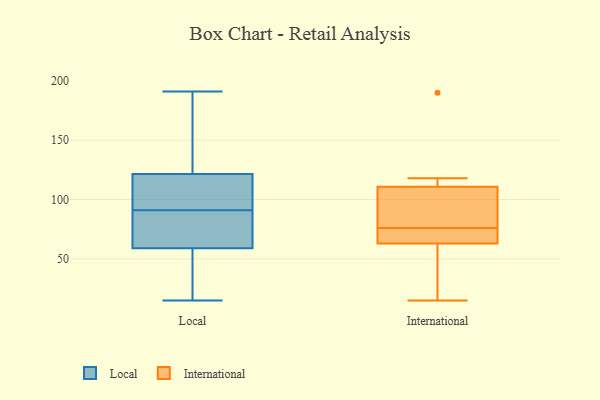
{"axis": {"x": "Humidity (%)", "y": "Value"}, "legend": ["International", "Local"], "data": [{"x": "", "y": 132, "type": "Local"}, {"x": "", "y": 35, "type": "Local"}, {"x": "", "y": 15, "type": "Local"}, {"x": "", "y": 69, "type": "Local"}, {"x": "", "y": 93, "type": "Local"}, {"x": "", "y": 89, "type": "Local"}, {"x": "", "y": 101, "type": "Local"}, {"x": "", "y": 191, "type": "Local"}, {"x": "", "y": 125, "type": "Local"}, {"x": "", "y": 77, "type": "Local"}, {"x": "", "y": 176, "type": "Local"}, {"x": "", "y": 50, "type": "Local"}, {"x": "", "y": 68, "type": "Local"}, {"x": "", "y": 44, "type": "Local"}, {"x": "", "y": 118, "type": "Local"}, {"x": "", "y": 108, "type": "Local"}, {"x": "", "y": 118, "type": "International"}, {"x": "", "y": 76, "type": "International"}, {"x": "", "y": 69, "type": "International"}, {"x": "", "y": 190, "type": "International"}, {"x": "", "y": 61, "type": "International"}, {"x": "", "y": 29, "type": "International"}, {"x": "", "y": 15, "type": "International"}, {"x": "", "y": 89, "type": "International"}, {"x": "", "y": 75, "type": "International"}, {"x": "", "y": 84, "type": "International"}, {"x": "", "y": 118, "type": "International"}]}